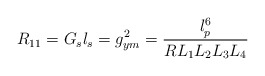
\begin{align*}R_{11}=G_{s} l_{s}=g_{ym}^{2}=\frac{l_{p}^{6}}{RL_1 L_2 L_3 L_4 }\end{align*}